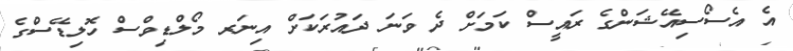
އެ އެސޯސިއޭޝަންގެ ރައީސް ކަމަށް ދެ ވަނަ ދައުރަކަށް އިނަރ މޯލްޑިވްސް ހޮލިޑޭސްގެ